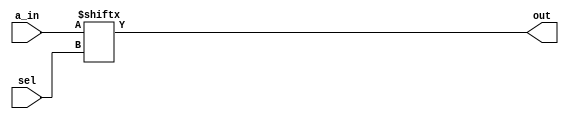

/*
## 16:1 Mux Behavioral level implementation
	- input is 16 lines.
	- output is 1 line.
	- select is 4 lines which is given by log2 inputlines

	16bit - 1011_0000_1111_0011
*/


module mux_16x1 #(parameter DATA_WIDTH=16,SEL_WIDTH=4)(
			input [DATA_WIDTH-1:0] a_in,
			input [SEL_WIDTH-1:0] sel,
			output out
		);

	assign out = a_in[sel]; // sel can be 0000 (0th index), 0001 (1 index)...etc

endmodule